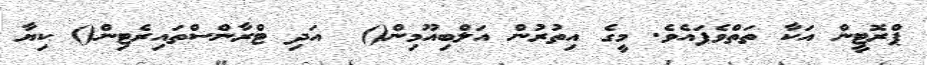
ޕްރޮޓީން އަކާ ތަތްވެފައެވެ. މީގެ އިތުރުން އަލްބިއޫމިން()  އަދި ޓްރާންސްތައިރެޓިން() ކިޔާ